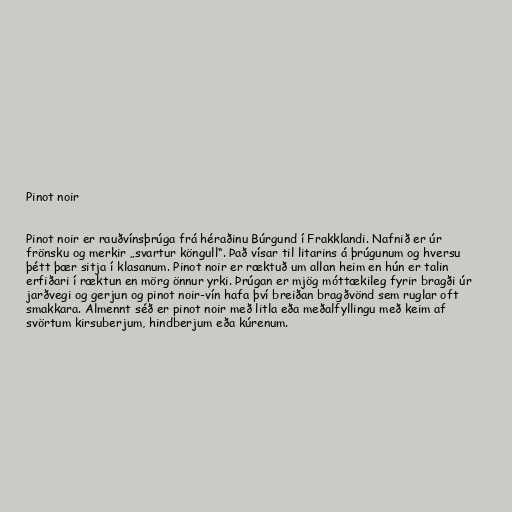
Pinot noir

Pinot noir er rauðvínsþrúga frá héraðinu Búrgund í Frakklandi. Nafnið er úr
frönsku og merkir „svartur köngull“. Það vísar til litarins á þrúgunum og hversu
þétt þær sitja í klasanum. Pinot noir er ræktuð um allan heim en hún er talin
erfiðari í ræktun en mörg önnur yrki. Þrúgan er mjög móttækileg fyrir bragði úr
jarðvegi og gerjun og pinot noir-vín hafa því breiðan bragðvönd sem ruglar oft
smakkara. Almennt séð er pinot noir með litla eða meðalfyllingu með keim af
svörtum kirsuberjum, hindberjum eða kúrenum.